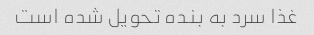
غذا سرد به بنده تحویل شده است